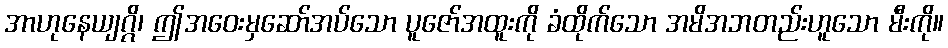
အာဟုနေယျဂ္ဂိ၊ ဤအဝေးမှဆော်အပ်သော ပူဇော်အထူးကို ခံထိုက်သော အမိအဘတည်းဟူသော မီးကို။